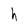
Character: h